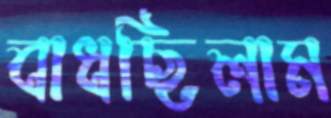
বাধছিলাম